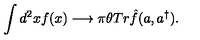
\int d ^ { 2 } x f ( x ) \longrightarrow \pi \theta T r \hat { f } ( a , a ^ { \dagger } ) .